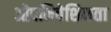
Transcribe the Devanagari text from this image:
ओपनिवेशिकता